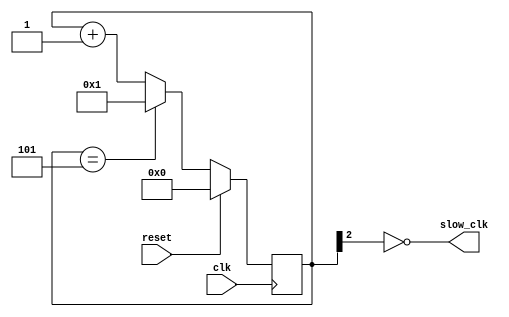
`timescale 1ns / 1ps
module clkdiv(
    input clk,
    input reset,
    output slow_clk
    );
    
    reg [3:0] count; //Div by 5 again
    assign slow_clk=~count[2];   
    initial  count = 3'b000;
    
    always @ (posedge clk) begin
       if (reset) count<=3'b000;  
        else if(count==3'b101) count<=3'b001;
        else count<=count+3'b001;
    end
endmodule